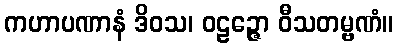
ကဟာပဏာနံ ဒိဝသ၊ ဝဠဉ္ဇော ဝီသတမ္ဗဏံ။